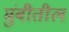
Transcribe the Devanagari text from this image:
मुंबीतील